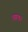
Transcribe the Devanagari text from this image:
छाप।